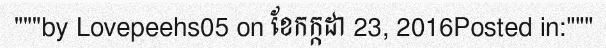
"""by Lovepeehs05 on ខែកក្កដា 23, 2016Posted in:"""